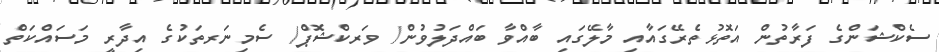
ސެކްޝަންގެ ފަރާތުން އަތޮޅުތެރޭގައާއި މާލޭގައި ބާއްވާ ބައްދަލުވުން/ ވަރކްޝޮޕް/ ސެމިނަރތަކުގެ އިދާރީ މަސައްކަތް